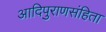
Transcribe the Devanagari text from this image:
आदिपुराणसंहिता